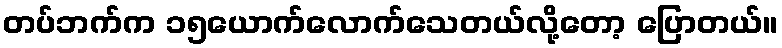
တပ်ဘက်က ၁၅ယောက်လောက်သေတယ်လို့တော့ ပြောတယ်။